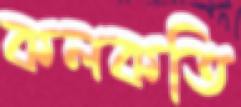
কলকতি